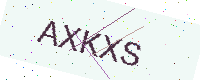
Text: AXKXS